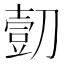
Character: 𰄿